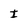
Character: I